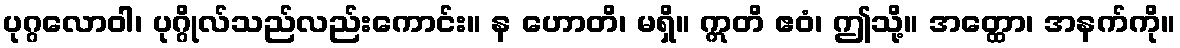
ပုဂ္ဂလောဝါ၊ ပုဂ္ဂိုလ်သည်လည်းကောင်း။ န ဟောတိ၊ မရှိ။ ဣတိ ဧဝံ၊ ဤသို့။ အတ္ထော၊ အနက်ကို။